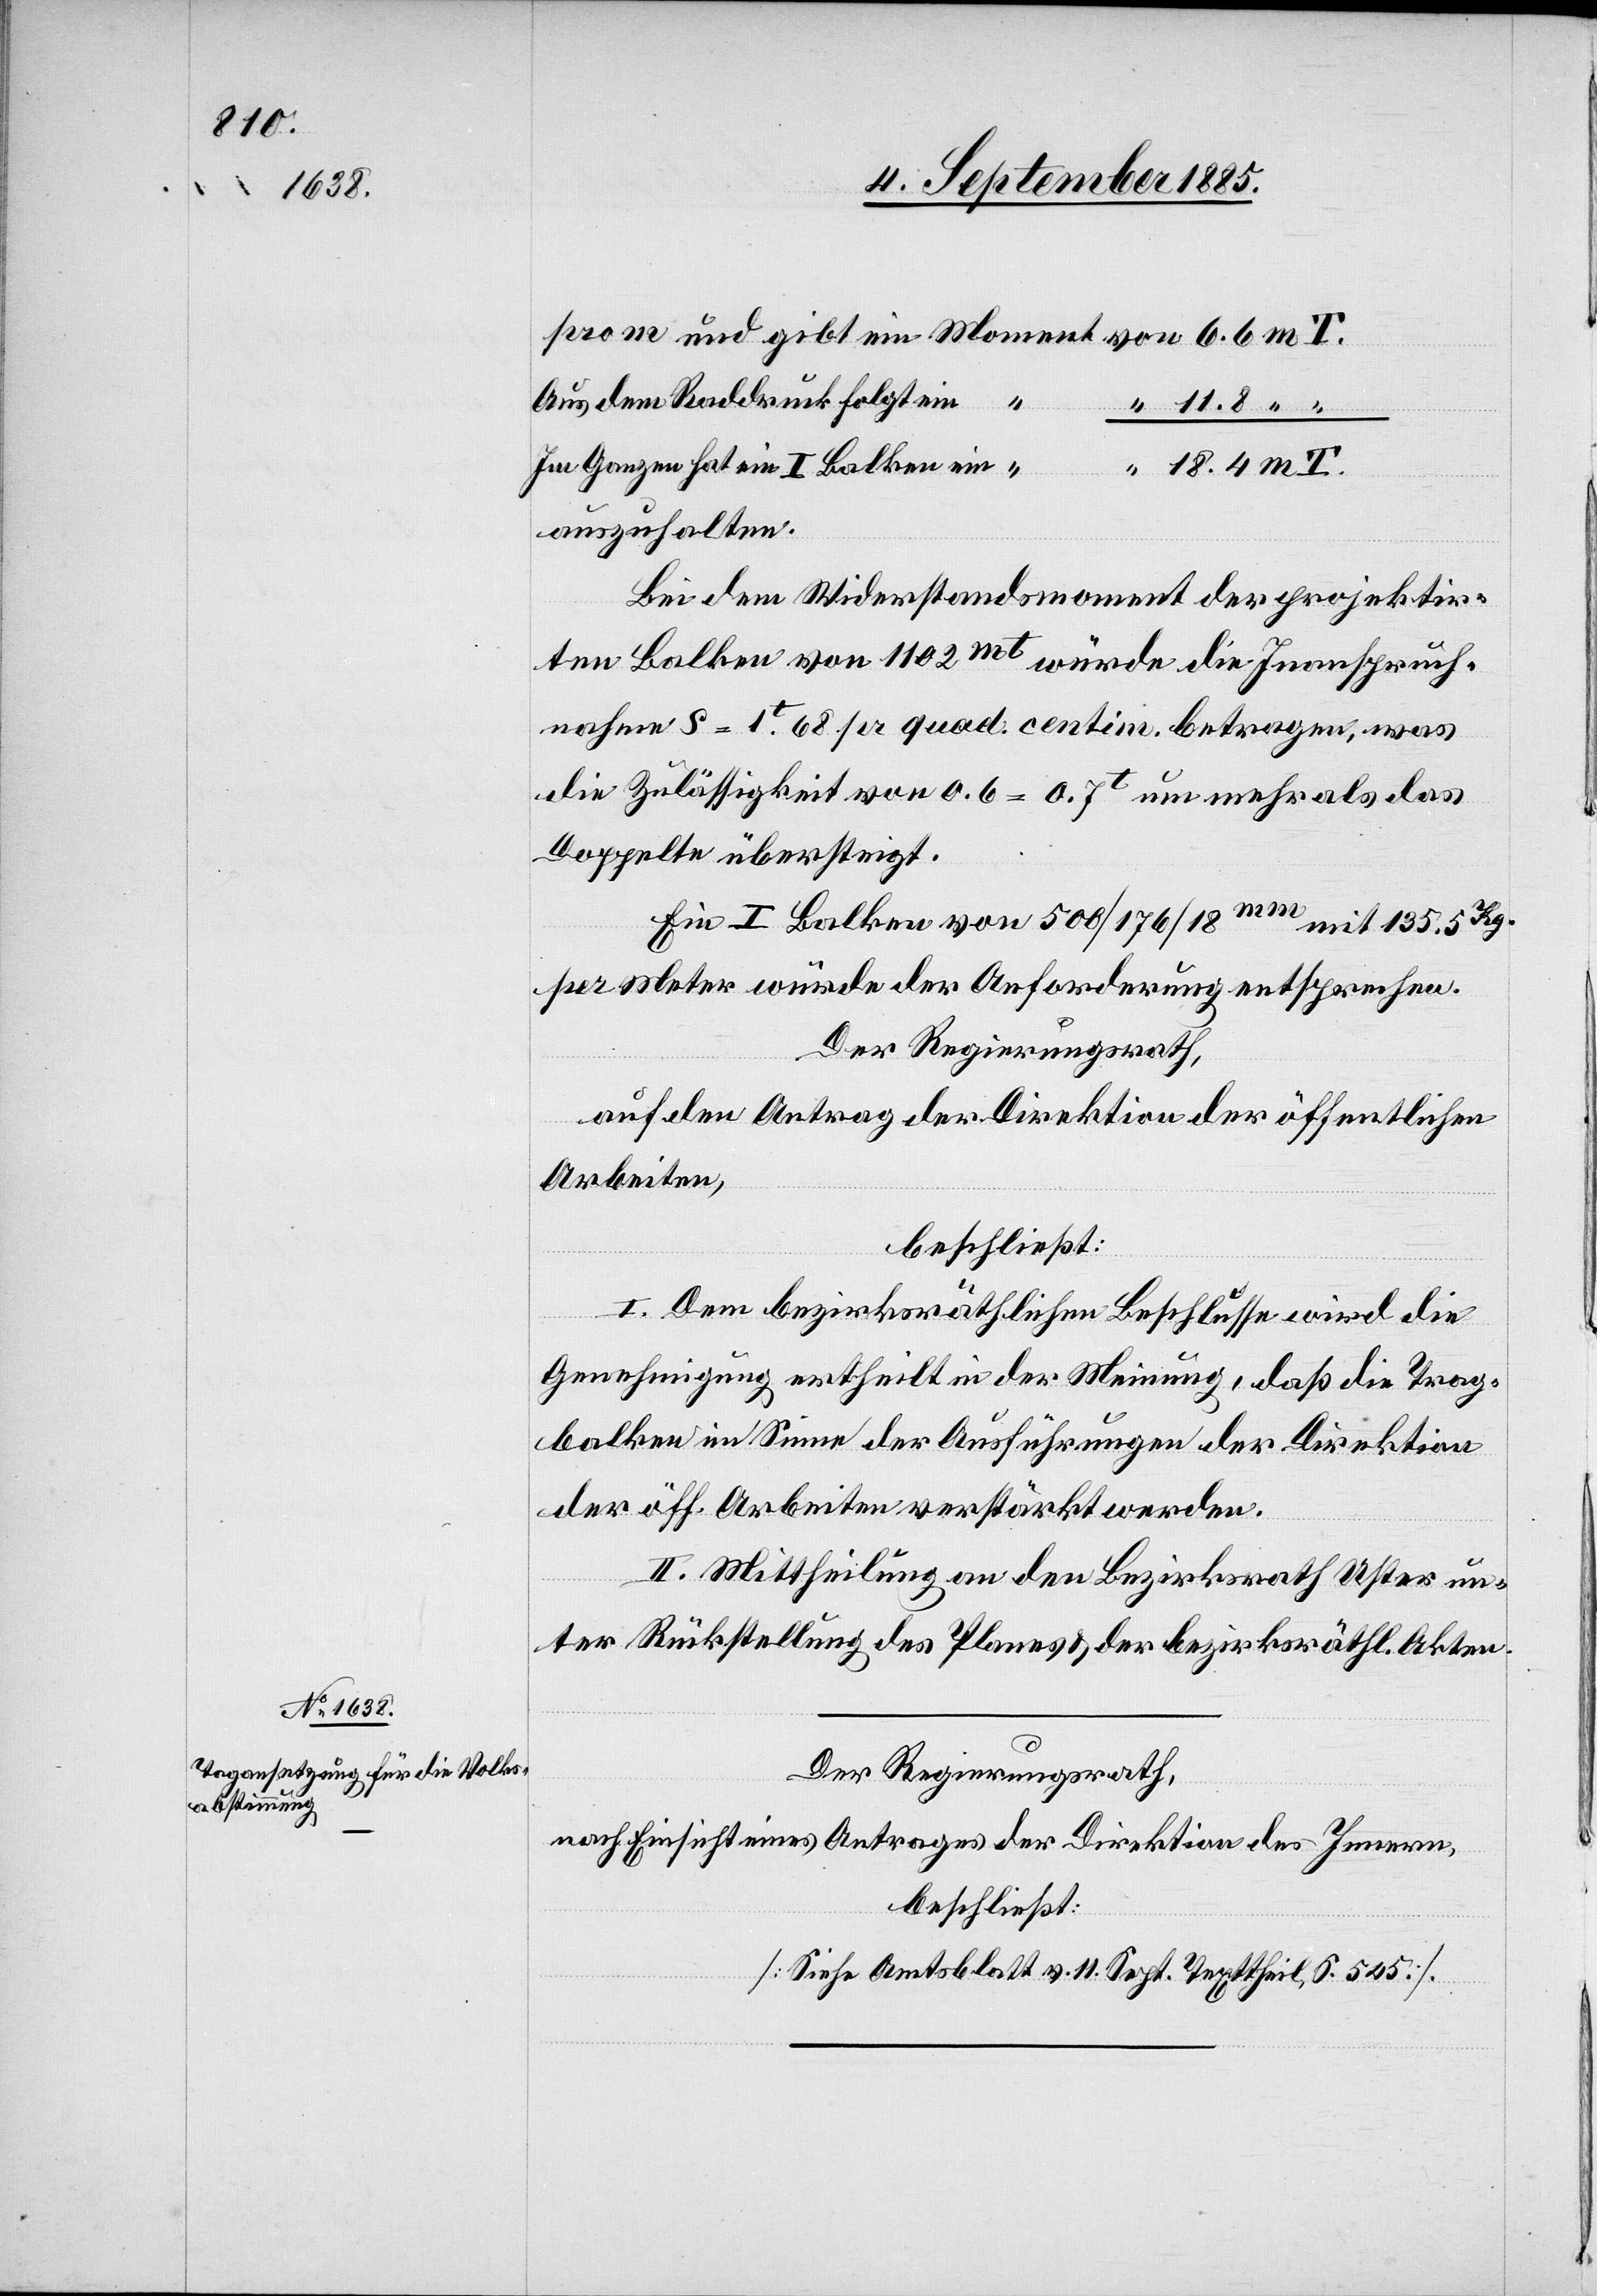
11,8

7. September 1885.]
Aus dem Raddruck folgt ein
Im Ganzen hat ein I Balken ein
auszuhalten.
Bei dem Widerstandsmoment der projektir¬
ten Balken von 1102mt würde die Inanspruch¬
nahme S = 1t68 pr quad. centim. betragen, was
die Zulässigkeit von 0.6 = 0.7t um mehr als das
Doppelte übersteigt.
Ein I Balken von 500/176/18mm mit 135.5Kg
per Meter würde der Anforderung entsprechen.
Der Regierungsrath,
auf den Antrag der Direktion der öffentlichen
Arbeiten,
beschließt:
I. Dem bezirksräthlichen Beschlusse wird die
Genehmigung ertheilt in der Meinung, daß die Trag¬
balken im Sinne der Ausführungen der Direktion
der öff. Arbeiten verstärkt werden.
II. Mittheilung an den Bezirksrath Uster un¬
ter Rückstellung des Planes & der bezirksräthl. Akten.
Der Regierungsrath,
nach Einsicht eines Antrages der Direktion des Innern,
beschließt:
[Siehe Amtsblatt v. 11. Sept. Texttheil, S. 545].